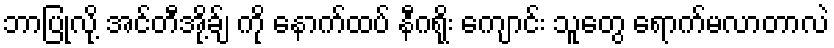
ဘာပြုလို့ အင်တီအို့ခ်ျ ကို နောက်ထပ် နီဂရိုး ကျောင်း သူတွေ ရောက်မလာတာလဲ